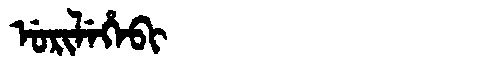
Manchu: ᡠᡵᡳᠯᡝᡥᡝᠪᡳ
Romanization: URILEHEBI